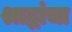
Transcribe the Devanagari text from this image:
श्राद्धांचा